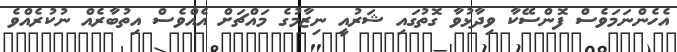
އެހެންނަމަވެސް ފޮންސޭކާ ވިދާޅުވާ ގޮތުގައި ޝަރުއީ ނިޒާމުގެ މައްޗަށް އެއްވެސް އިތުބާރެއް ނުކުރެއްވެ